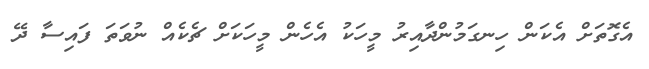
އެގޮތަށް އެކަން ހިނގަމުންދާއިރު މީހަކު އެހެން މީހަކަށް ޗެކެއް ނުވަތަ ފައިސާ ދޭ